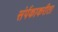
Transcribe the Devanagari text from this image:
संर्पकाकरीता